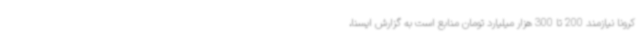
کرونا نیازمند 200 تا 300 هزار میلیارد تومان منابع است به گزارش ایسنا،